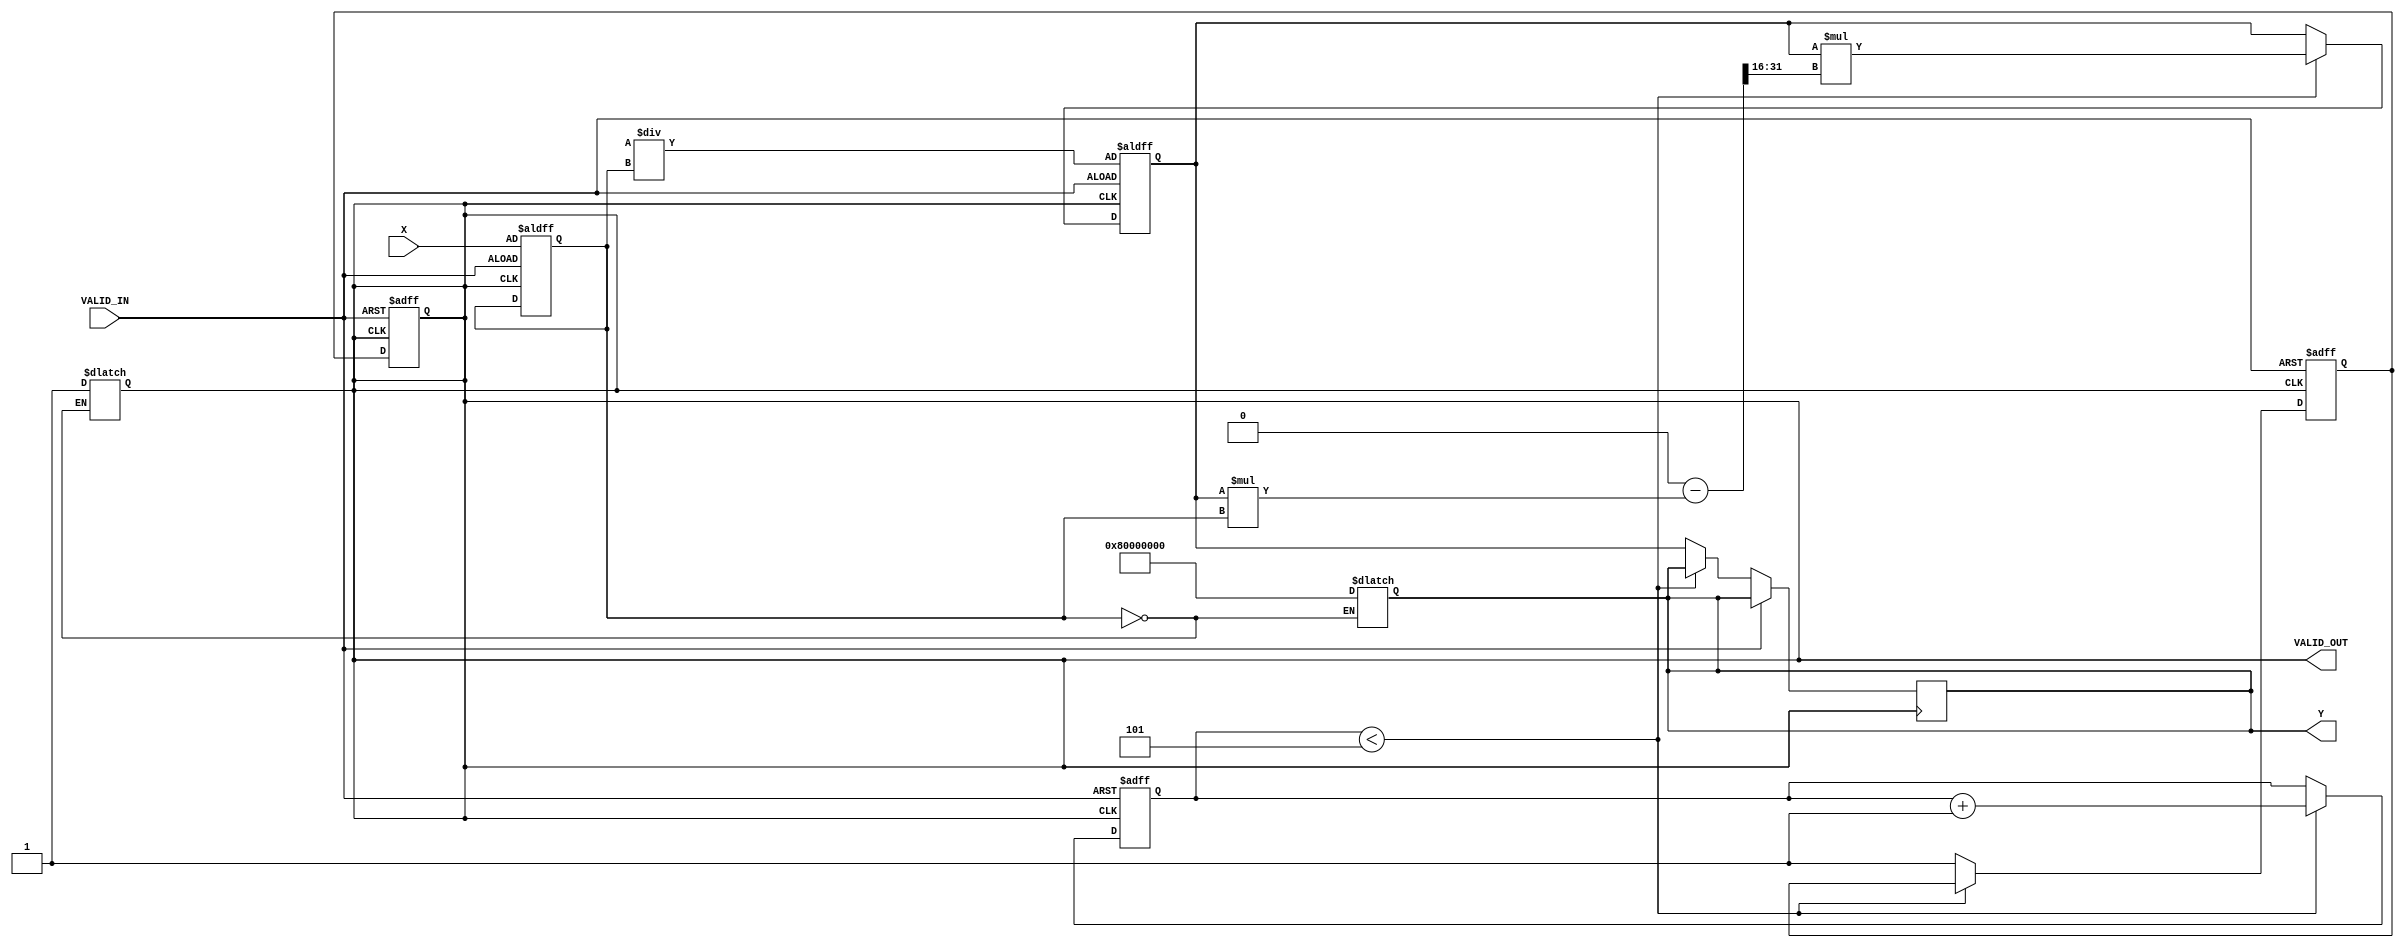
module DirectReciprocalUnit #(
    parameter INPUT_WIDTH = 16,  // Width of the input data
    parameter OUTPUT_WIDTH = 32,  // Width of the output data (reciprocal)
    parameter MAX_ITER = 5         // Maximum number of iterations for Newton-Raphson
)(
    input  wire [INPUT_WIDTH-1:0] X,       // Input value
    input  wire VALID_IN,                    // Valid input signal
    output reg  [OUTPUT_WIDTH-1:0] Y,       // Reciprocal result
    output reg VALID_OUT                     // Valid output signal
);

    // Internal signals
    reg [OUTPUT_WIDTH-1:0] approx;           // Approximation of the reciprocal
    reg [INPUT_WIDTH-1:0] input_reg;         // Registered input
    reg [2:0] count;                         // Iteration counter
    reg valid_out_next, valid_in_reg;        // Register for valid output signal

    // State machine for controlling the operation
    always @(posedge VALID_IN or posedge VALID_OUT) begin
        if (VALID_IN) begin
            input_reg <= X;
            approx <= (1 << OUTPUT_WIDTH) / input_reg; // Initial approximation
            count <= 0;
            valid_out_next <= 0;                   // Set output valid low initially
        end else if (count < MAX_ITER) begin
            // Newton-Raphson iteration: x[n+1] = x[n] * (2 - x[n] * A)
            approx <= approx * (2**OUTPUT_WIDTH - (approx * input_reg) >> INPUT_WIDTH);
            count <= count + 1;
        end else begin
            Y <= approx;                            // Store final result
            valid_out_next <= 1;                   // Set output valid high
        end
    end
    
    // Generating VALID_OUT signal
    always @(posedge VALID_IN or posedge VALID_OUT) begin
        if (VALID_IN) 
            VALID_OUT <= 0; // Reset output valid on new input
        else 
            VALID_OUT <= valid_out_next; // Update output valid
    end

    // Handle special case for zero input
    always @(input_reg) begin
        if (input_reg == 0) begin
            Y <= {1'b1, {OUTPUT_WIDTH-1{1'b0}}}; // Return maximum representable value
            VALID_OUT <= 1;                       // Valid output
        end
    end

endmodule